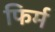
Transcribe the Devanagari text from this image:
फिर्म